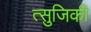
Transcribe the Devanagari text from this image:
त्सुजिकी